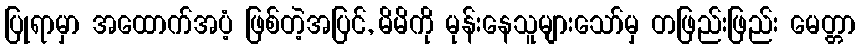
ပြုရာမှာ အထောက်အပံ့ ဖြစ်တဲ့အပြင်, မိမိကို မုန်းနေသူများသော်မှ တဖြည်းဖြည်း မေတ္တာ